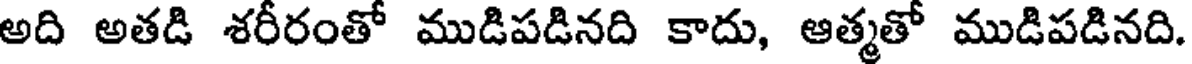
అది అతడి శరీరంతో ముడిపడినది కాదు, ఆత్మతో ముడిపడినది.